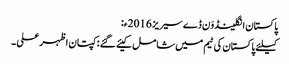
پاکستان انگلینڈوَن ڈے سیریز 2016ء:
کیلئے پاکستان کی ٹیم میں شامل کیئے گئے : کپتان اظہر علی ۔